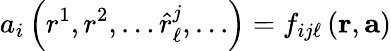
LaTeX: a_{i}\left(r^{1},r^{2},\dots\hat{r}_{\ell}^{j},\dots\right)=f_{ij\ell}\left(\mathbf{r},\mathbf{a}\right)